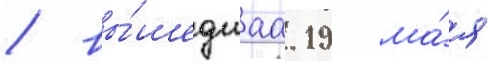
/ вы́шедшаа 19 ма́я